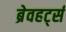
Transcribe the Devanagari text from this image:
ब्रेवहर्ट्स